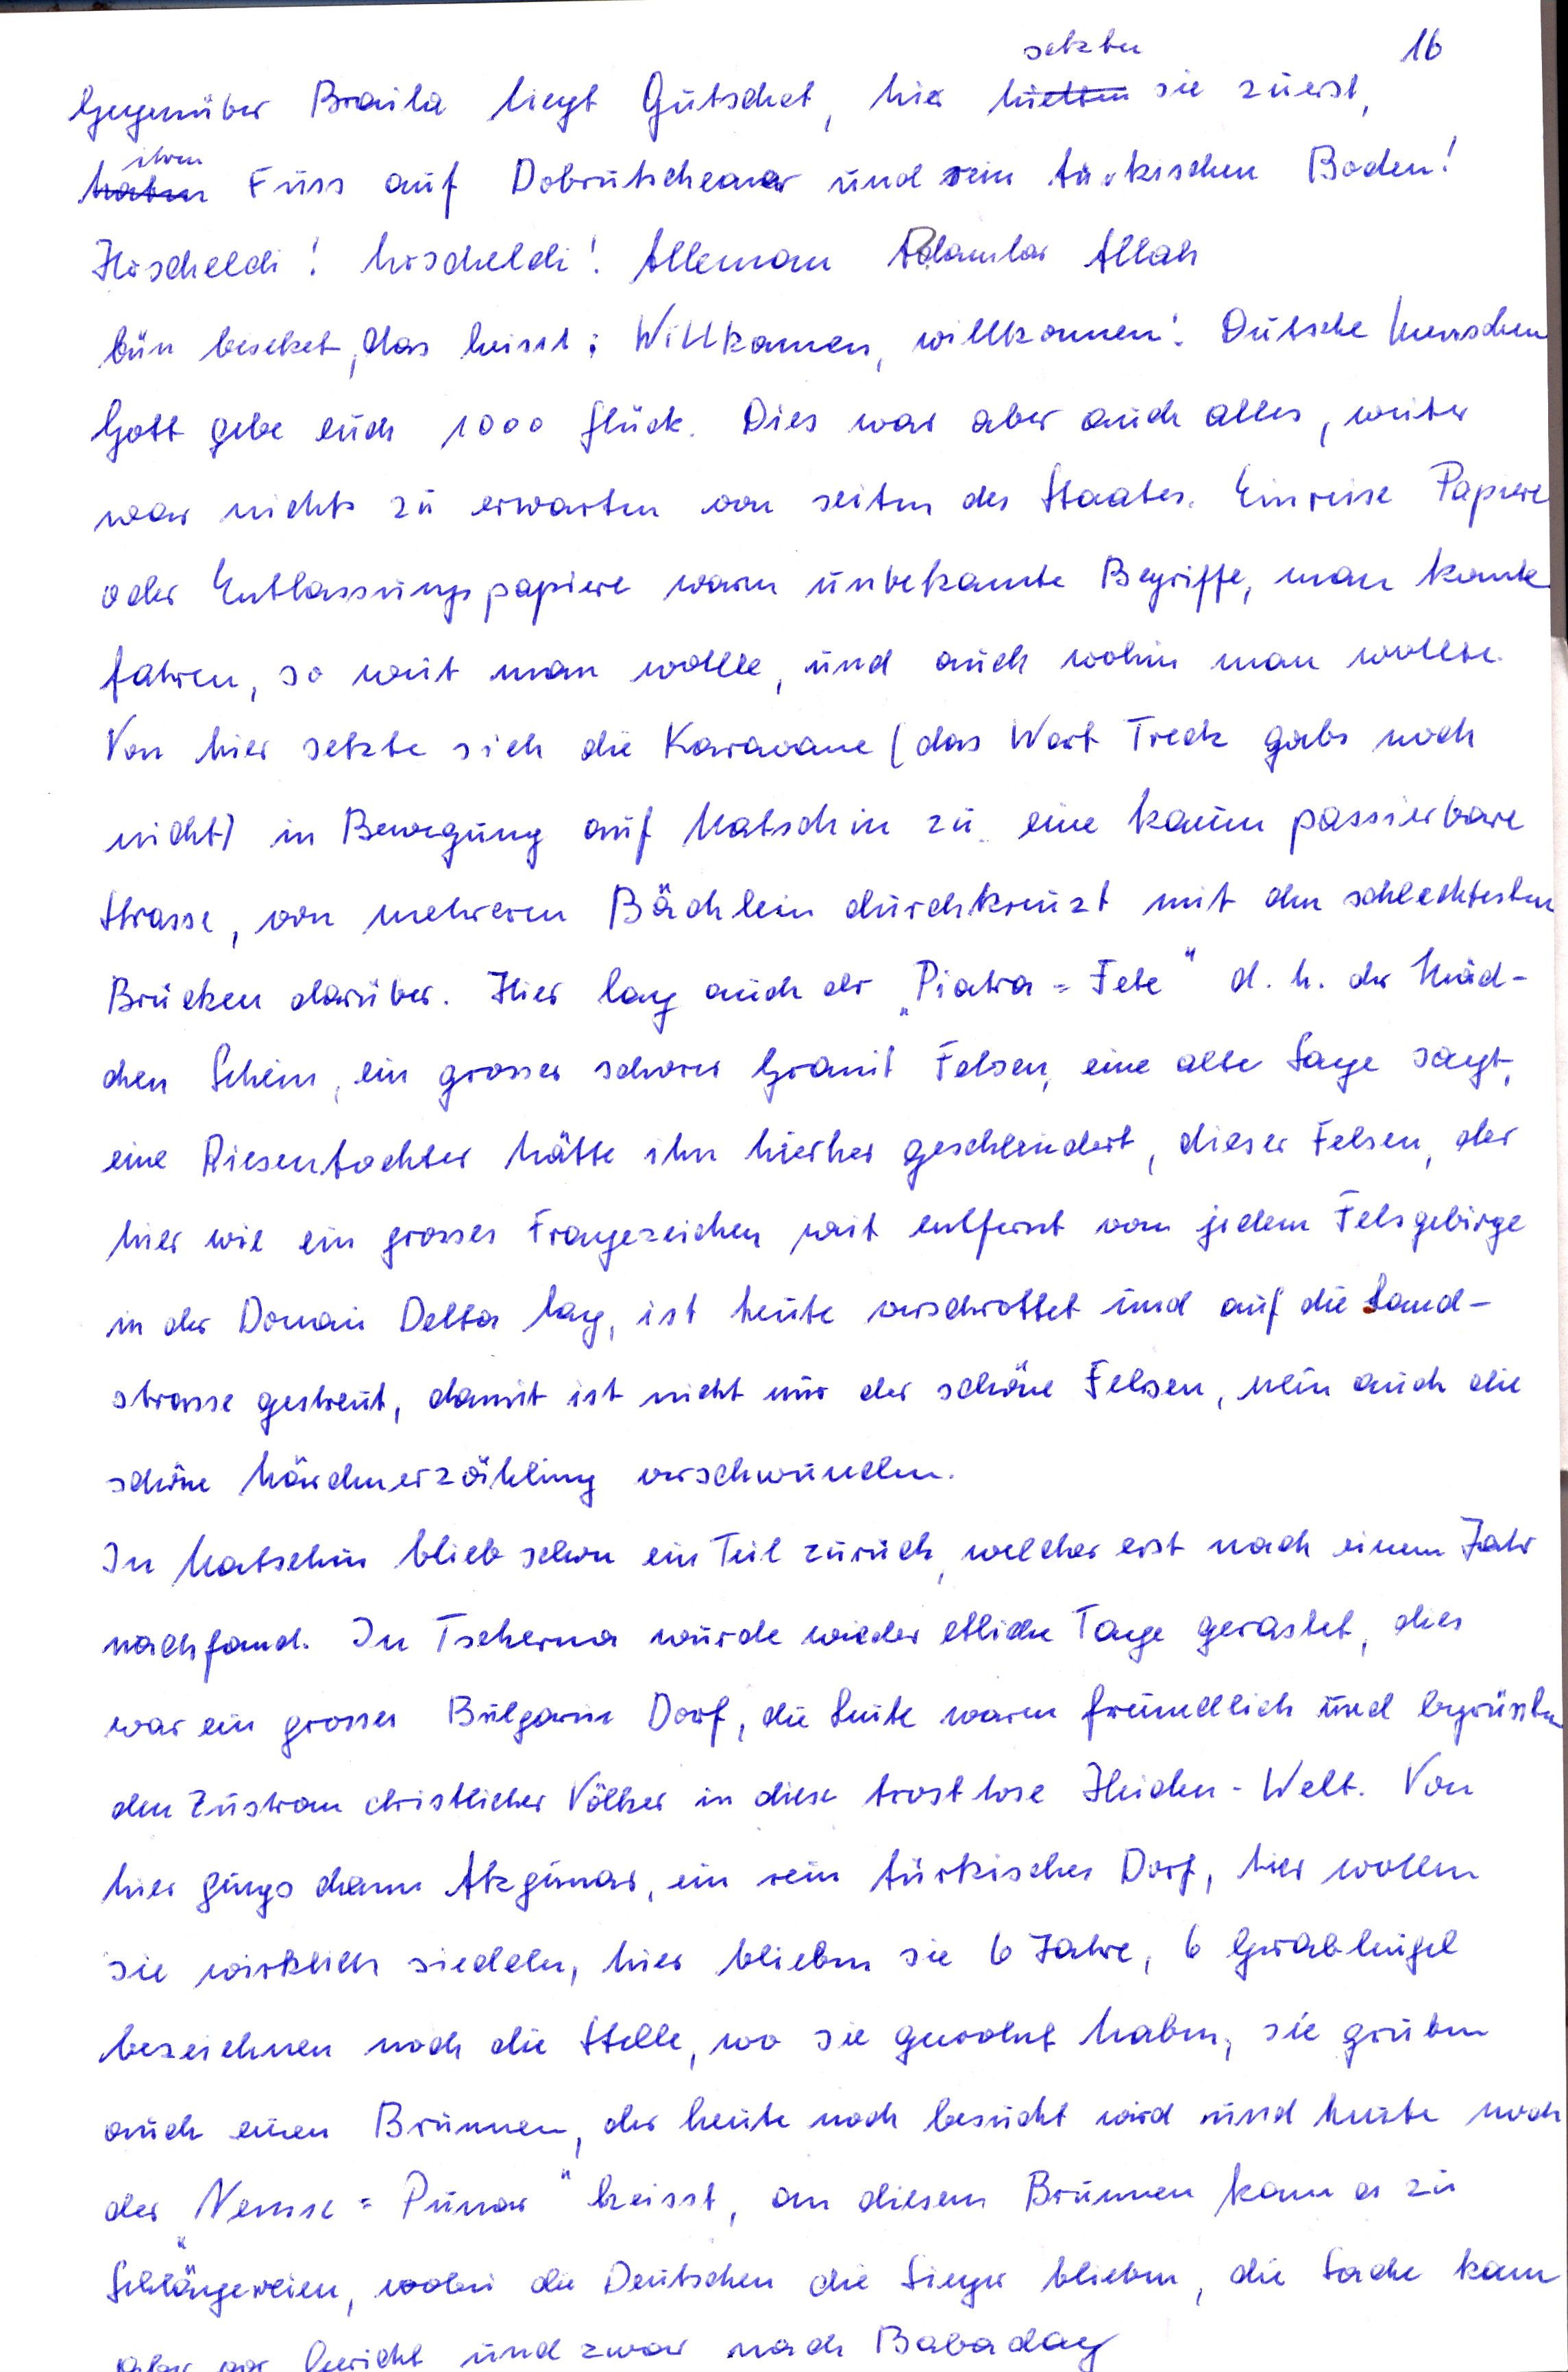
setzten
16
Gegenüber Braila liegt Gutschet, hier hielten sie zuerst
ihren
haben Fuss auf Dobrudscheaner und rein türkischen Boden!
Hoscheldi ! hoscheldi ! Alleman  Polambar Allah
bün bereket, das heisst : Willkommen, willkommen ! Dutsche Menschen
Gott gebe euch 1000 Glück. Dies war aber auch alles, weiter
war nichts zu erwarten von Seiten des Staates. Einreise Papiere
oder Entlassungspapiere  waren unbekannte Begriffe, man konnte
fahren, so weit man wollte, und auch wohin man wollte
Von hier setzte sich die Karawane ( das Wort Treck gabs noch
nicht) in Bewegung auf Matschin zu eine kaum passierbare
Strasse , von mehreren Bächlein durchkreuzt mit den schlechtesten
Brücken darüber. Hier lag auch der Piatra Fete d.h. der Mäd-
chen Stein ,  ein grosser schwerer Granit Felsen, eine alte Sage  sagt,
eine Riesentochter hätte ihn hierher geschleudert ,  dieser Felsen , der
hier wie ein grosses Fragezeichenweit entfernt von jedem Felsgebirge
in der Donau Delta lag, ist heute verschrottet und auf die Land-
strasse gestreut, damit ist nicht nur der schöne Felsen, nein auch die
schöne Märchenerzählung verschwunden.
In Matschin blieb schon ein Teil zurück , welcher erst nach einem Jahr
nachfand. In Tscherna wurde wieder etliche Tage gerastet, dies
war ein grosses Bulgaren Dorf , die Leute waren freundlich und begrüssten
den Zustrom christlicher Völker in diese traostlose Heiden - Welt. Von
hier gings dann Akfimar, ein rein türkisches Dorf , hier wollen
sie wirklich siedeln, hier blieben sie 6 Jahre , 6 Grabhügel
bezeichnen noch die Stelle , wo sie gewohnt haben, sie gruben
auch einen Brunnen, der heute noch besucht wird und heute noch
der Nemse  = Punar heisst, an diesem Brunnen kam es zu
Schlägereien, wobei die Deutschen die Sieger blieben, die Sache kam
und zwar nach Babadag.